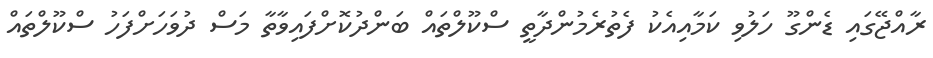
ރާއްޖޭގައި ޑެންގޫ ހަލުވި ކަމާއިއެކު ފެތުރެމުންދާތީ ސްކޫލްތައް ބަންދުކޮށްފައިވާތާ މަސް ދުވަހަށްފަހު ސްކޫލްތައް